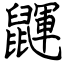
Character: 鼲